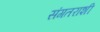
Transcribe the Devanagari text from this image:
संगतराशी